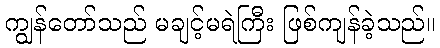
ကျွန်တော်သည် မချင့်မရဲကြီး ဖြစ်ကျန်ခဲ့သည်။